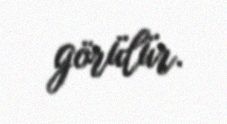
görülür.